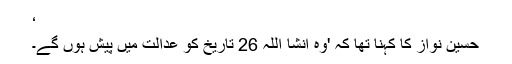
‘
حسین نواز کا کہنا تھا کہ 'وہ انشا اللہ 26 تاریخ کو عدالت میں پیش ہوں گے۔